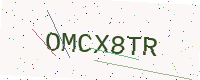
Text: OMCX8TR